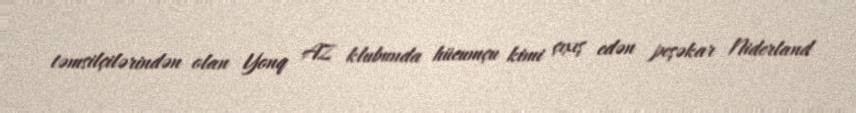
təmsilçilərindən olan Yonq AZ klubunda hücumçu kimi çıxış edən peşəkar Niderland